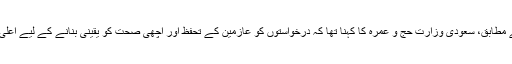
’عرب نیوز‘ کی رپورٹ کے مطابق، سعودی وزارت حج و عمرہ کا کہنا تھا کہ درخواستوں کو عازمین کے تحفظ اور اچھی صحت کو یقینی بنانے کے لیے اعلیٰ معیار کےمطابق جانچا گیا۔